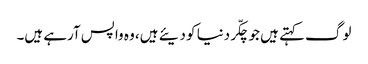
لوگ کہتے ہیں جو چکّر دنیا کو دیئے ہیں، وہ واپس آرہے ہیں۔